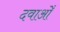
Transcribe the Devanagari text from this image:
दवाओँ